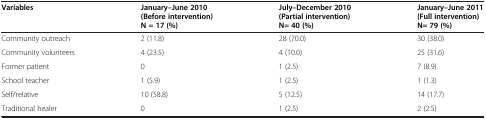
<table><thead><tr><td><b>Variables</b></td><td><b>January–June 2010 (Before intervention) N = 17 (%)</b></td><td><b>July–December 2010 (Partial intervention) N= 40 (%)</b></td><td><b>January–June 2011 (Full intervention) N= 79 (%)</b></td></tr></thead><tbody><tr><td>Community outreach</td><td>2 (11.8)</td><td>28 (70.0)</td><td>30 (38.0)</td></tr><tr><td>Community volunteers</td><td>4 (23.5)</td><td>4 (10.0)</td><td>25 (31.6)</td></tr><tr><td>Former patient</td><td>0</td><td>1 (2.5)</td><td>7 (8.9)</td></tr><tr><td>School teacher</td><td>1 (5.9)</td><td>1 (2.5)</td><td>1 (1.3)</td></tr><tr><td>Self/relative</td><td>10 (58.8)</td><td>5 (12.5)</td><td>14 (17.7)</td></tr><tr><td>Traditional healer</td><td>0</td><td>1 (2.5)</td><td>2 (2.5)</td></tr></tbody></table>